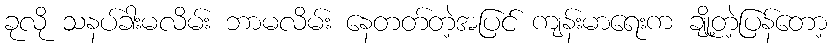
ခုလို သနပ်ခါးမလိမ်း ဘာမလိမ်း နေတတ်တဲ့အပြင် ကျန်းမာရေးက ချို့တဲ့ပြန်တော့